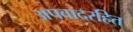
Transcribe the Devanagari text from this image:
अपवादरहित